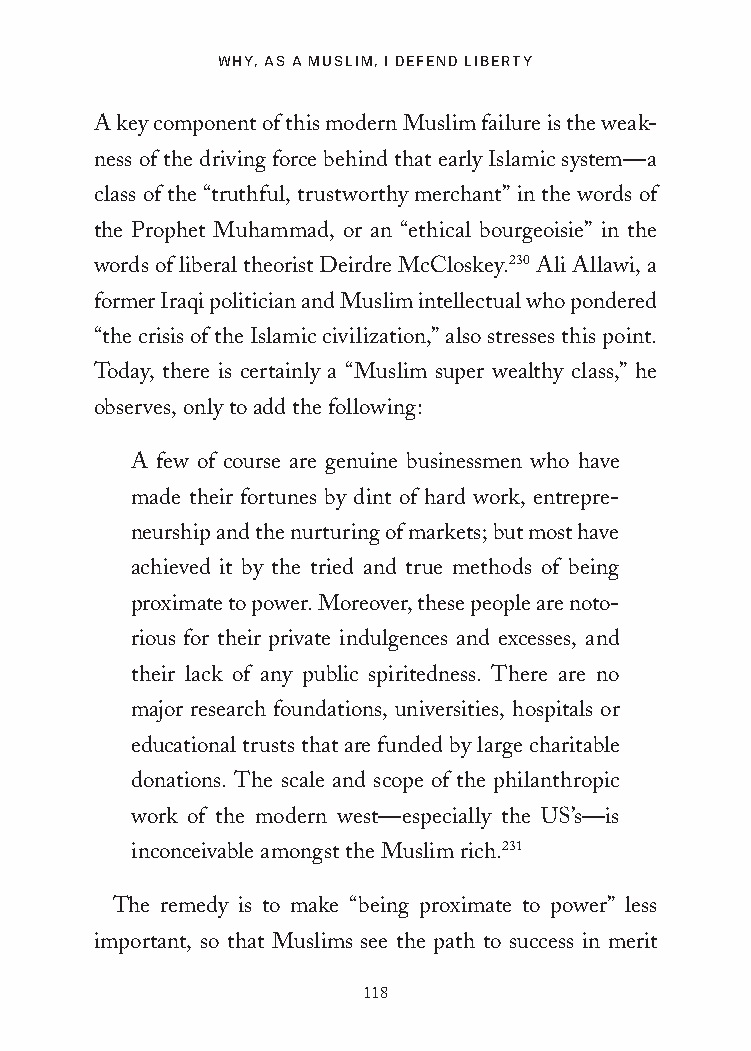
WHY, AS A MUSLIM, I DEFEND LIBERTY
 A key component of this modern Muslim failure is the weak-
 ness of the driving force behind that early Islamic system—a
 class of the “truthful, trustworthy merchant” in the words of
 the Prophet Muhammad, or an “ethical bourgeoisie” in the
 words of liberal theorist Deirdre McCloskey.230 Ali Allawi, a
 former Iraqi politician and Muslim intellectual who pondered
 “the crisis of the Islamic civilization,” also stresses this point.
 Today, there is certainly a “Muslim super wealthy class,” he
 observes, only to add the following:
 A few of course are genuine businessmen who have
 made their fortunes by dint of hard work, entrepre-
 neurship and the nurturing of markets; but most have
 achieved it by the tried and true methods of being
 proximate to power. Moreover, these people are noto-
 rious for their private indulgences and excesses, and
 their lack of any public spiritedness. There are no
 major research foundations, universities, hospitals or
 educational trusts that are funded by large charitable
 donations. The scale and scope of the philanthropic
 work of the modern west—especially the US’s—is
 inconceivable amongst the Muslim rich.231
 The remedy is to make “being proximate to power” less
 important, so that Muslims see the path to success in merit
 118
 25320_Ch07.indd 118                     24/06/2021 9:26 AM